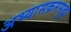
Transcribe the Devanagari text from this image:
अभ्यासक्रमसुद्धा